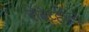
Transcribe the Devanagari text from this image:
रोबेर्व्हाल